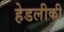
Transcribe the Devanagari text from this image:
हेडलीकी